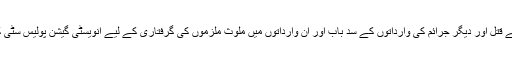
اُنہوں نے کہا کہ سٹی ڈویژن میںقتل ،اندھے قتل اور دیگر جرائم کی وارداتوں کے سد باب اور ان وارداتوں میں ملوث ملزموں کی گرفتاری کے لیے انویسٹی گیشن پولیس سٹی کی سپیشل ٹیمیں دن رات سر گرم عمل ہیں۔